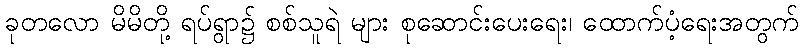
ခုတလော မိမိတို့ ရပ်ရွာ၌ စစ်သူရဲ များ စုဆောင်းပေးရေး၊ ထောက်ပံ့ရေးအတွက်